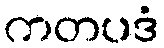
ကတပဒံ